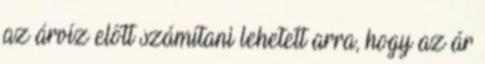
az árvíz előtt számítani lehetett arra, hogy az ár